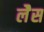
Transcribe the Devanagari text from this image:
लेैस